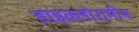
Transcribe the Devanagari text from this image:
डाइक्लोरामीन